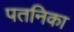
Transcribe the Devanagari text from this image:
पतनिका